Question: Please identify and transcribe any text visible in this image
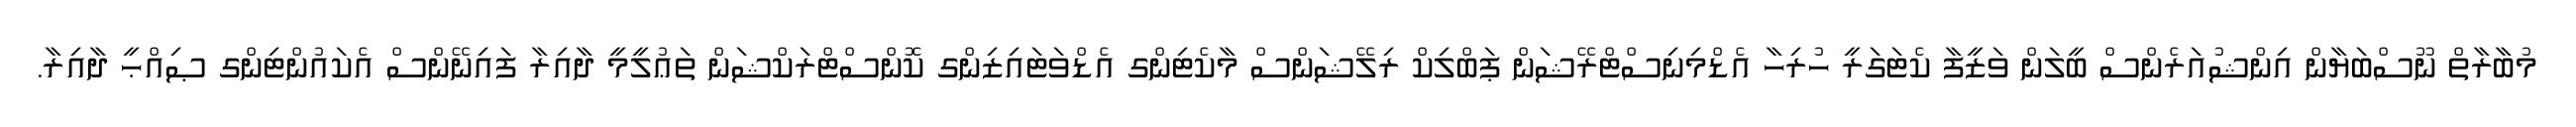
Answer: މުބާރާތް ނޫސްބަޔާން އިންޝުއަރެންސް ބީލަން ވަޒީފާ ކެޓަގަރީ ހުރިހާ އެޑްމިނިސްޓްރޭޝަން ޕަބްލިކް ރިލޭޝަންސް މާކެޓިންގ އެޑްވަޓައިޒިންގ ކޮންސްޓްރަކްޝަން ތަޢުލީމީ ދާއިރާ ފައިނޭންސް އެކައުންޓިންގ ޞިއްޙީ ދާއިރާ.